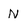
Character: N